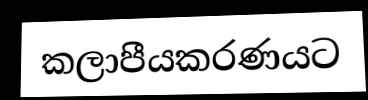
කලාපීයකරණයට